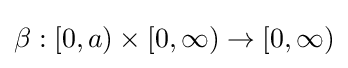
\beta :[0,a)\times [0,\infty )\rightarrow [0,\infty )